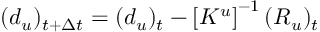
( d _ { u } ) _ { t + \Delta t } = ( d _ { u } ) _ { t } - \left[ K ^ { u } \right] ^ { - 1 } ( R _ { u } ) _ { t }